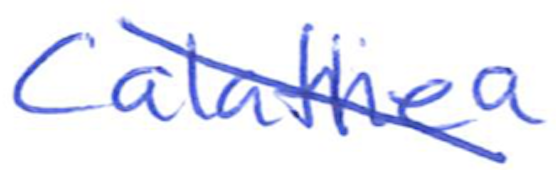
Text: Calathea
Cross-out: diagonal
Writing tool: ballpoint